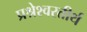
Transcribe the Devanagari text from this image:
प्रश्रेश्वरतीर्थ